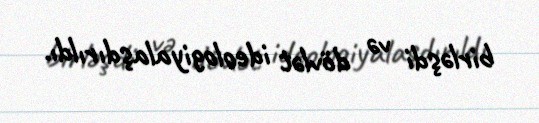
birləşdi və dövlət ideologiyalaşdırıldı.